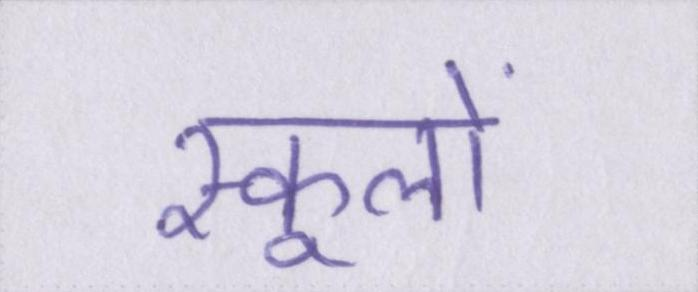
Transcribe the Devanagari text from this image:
स्कूलों